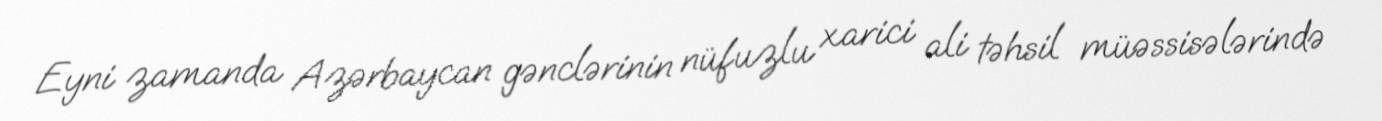
Eyni zamanda Azərbaycan gənclərinin nüfuzlu xarici ali təhsil müəssisələrində